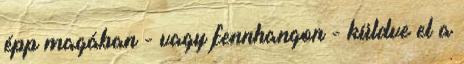
épp magában - vagy fennhangon - küldve el a